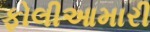
ફોલીઆમારી